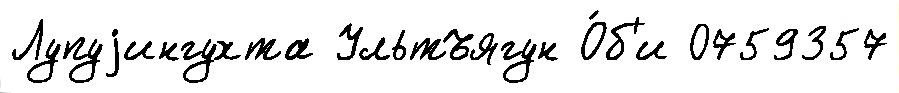
Лупуjингухта Ультъягун О́б'и 0759357